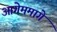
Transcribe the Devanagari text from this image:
आगेममागे